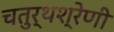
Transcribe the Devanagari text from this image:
चतुर्थश्रेणी